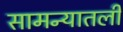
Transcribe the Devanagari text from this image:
सामन्यातली